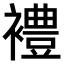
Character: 𫌓